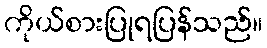
ကိုယ်စားပြုရပြန်သည်။